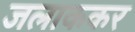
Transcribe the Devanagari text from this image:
जलाककर